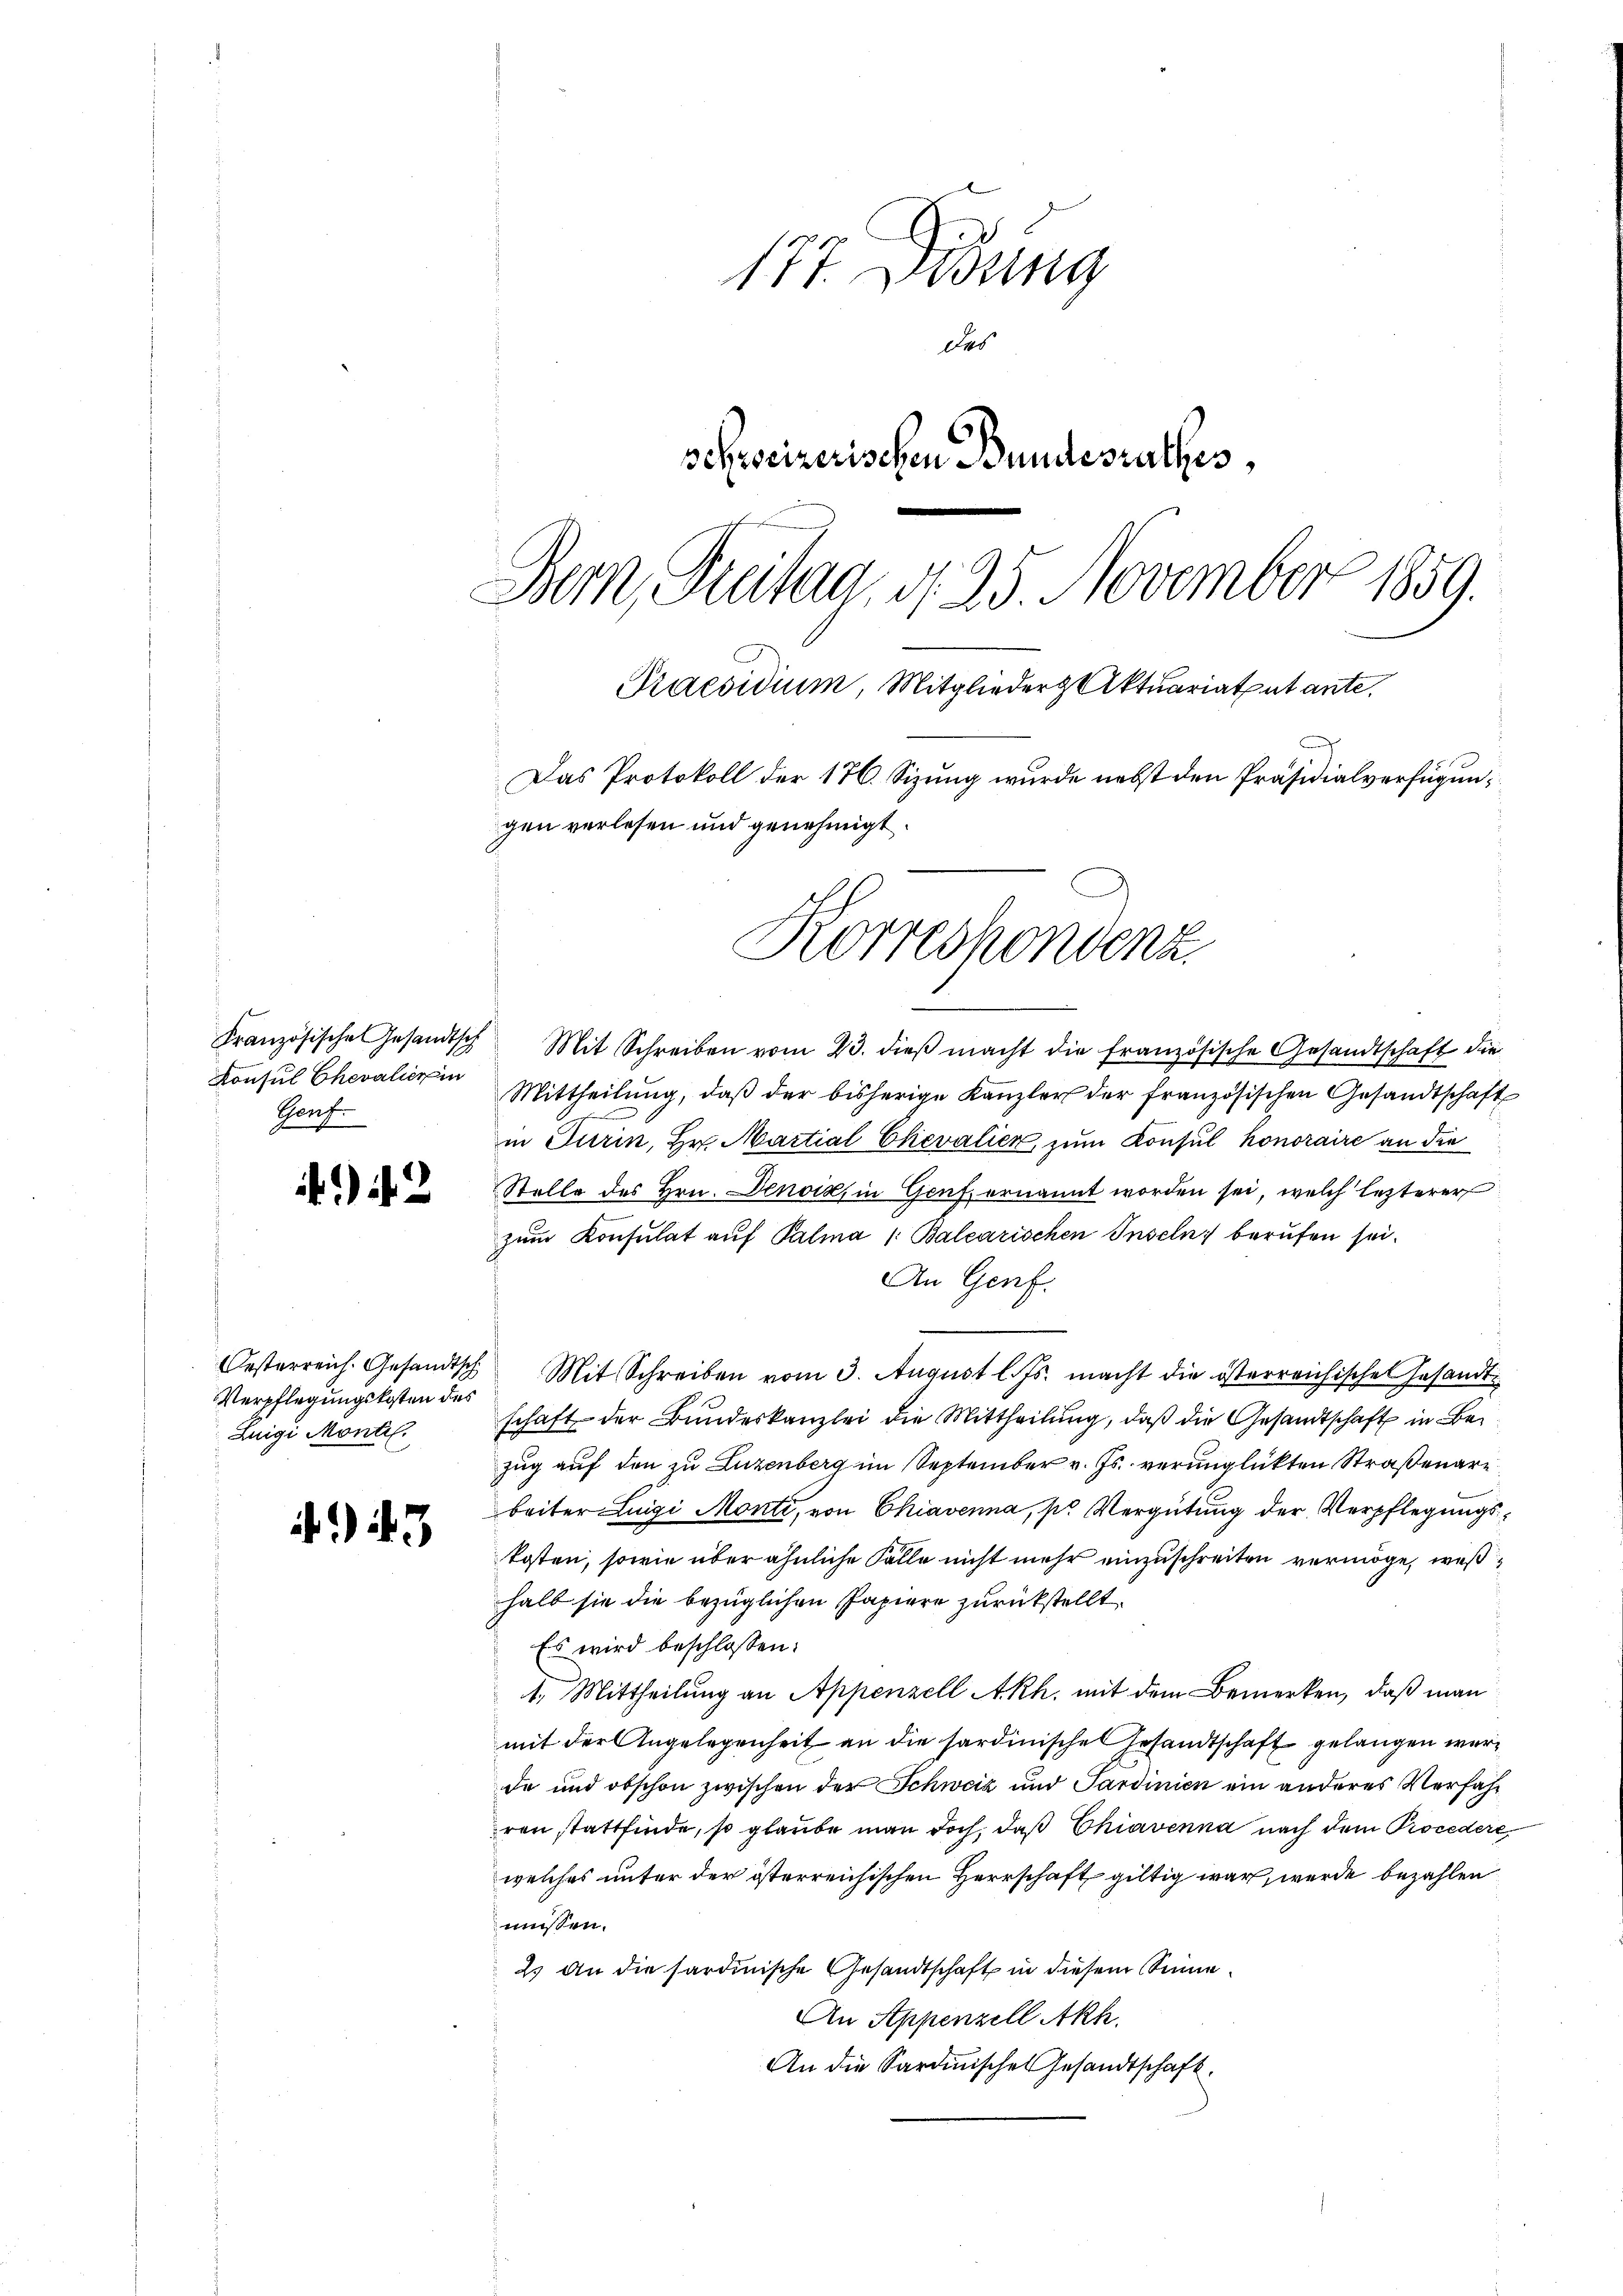
Französische Gesandtsch
Konsul Chevalier in
Honf.

2

Oesterreich. Gesandtsch
Verpflegungskosten des
Zuigi Monti.

3

177. Lessing
Das
schweizerischen Bundesrathes,
Bern, Freitag, d. 25. November 1859.
Praesidium, Mitglieder Aktuariatentante.
Das Protokoll der 176. Sizung wurde nebst den Präsidialverfügungen verlesen und genehmigt.

Korrespondenz

Mit Schreiben vom 23. dieß macht die französische Gesandtschaft die
Mittheilŭng, daβ der bisherige Kanzler der französischen Gesandtschaft
in Turin, Hr. Martial Chevalien, zum Konsul honoraire an die
Stelle des Hrn. Denoik, in Genf ernannt worden sei, welch lezterer
zŭm Konsulat auf Palma 1. Balcarischen Inseln berufen sei.
An Genf.
Mit Schreiben vom 3. August l. Js. macht die österreichische Gesandtschaft der Bundeskanzlei die Mittheilung, daß die Gesandtschaft in Bezug auf den zu Luzenberg im September v. Js. verunglückten Straßenare
beiter Luigi Monti, von Chiavenna, pr Vergütung der Verpflegungskosten, sowie über ähnliche Fälle nicht mehr einzuschreiten vermöge, weßhalb sie die bezüglichen Papiere zurückstellt
Es wird beschlossen:
1.) Mittheilung an Appenzell A.Rh. mit dem Bemerken, daß man
mit der Angelegenheit an die hardinische Gesandtschaft gelangen werda und obschon zwischen der Schweiz und Sardinien ein anderes Verfahr
ren stattfinde, so glaube man doch, daß Chiavenna nach dem Procedere
welches unter der österreichischen Herrschaft giltig war, werde bezahlen
müssen.
2. An die sardinische Gesandtschaft in diesem Sinne
An Appenzell Akh.
An die Sardinisches Gesandtschaft.